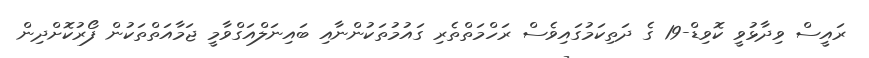
ރައީސް ވިދާޅުވީ ކޮވިޑް-19 ގެ ދަތިކަމުގައިވެސް ރަހްމަތްތެރި ގައުމުތަކުންނާއި ބައިނަލްއަގްވާމީ ޖަމާއަތްތަކުން ފޯރުކޮށްދިން